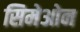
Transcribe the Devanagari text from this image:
सिमेओन